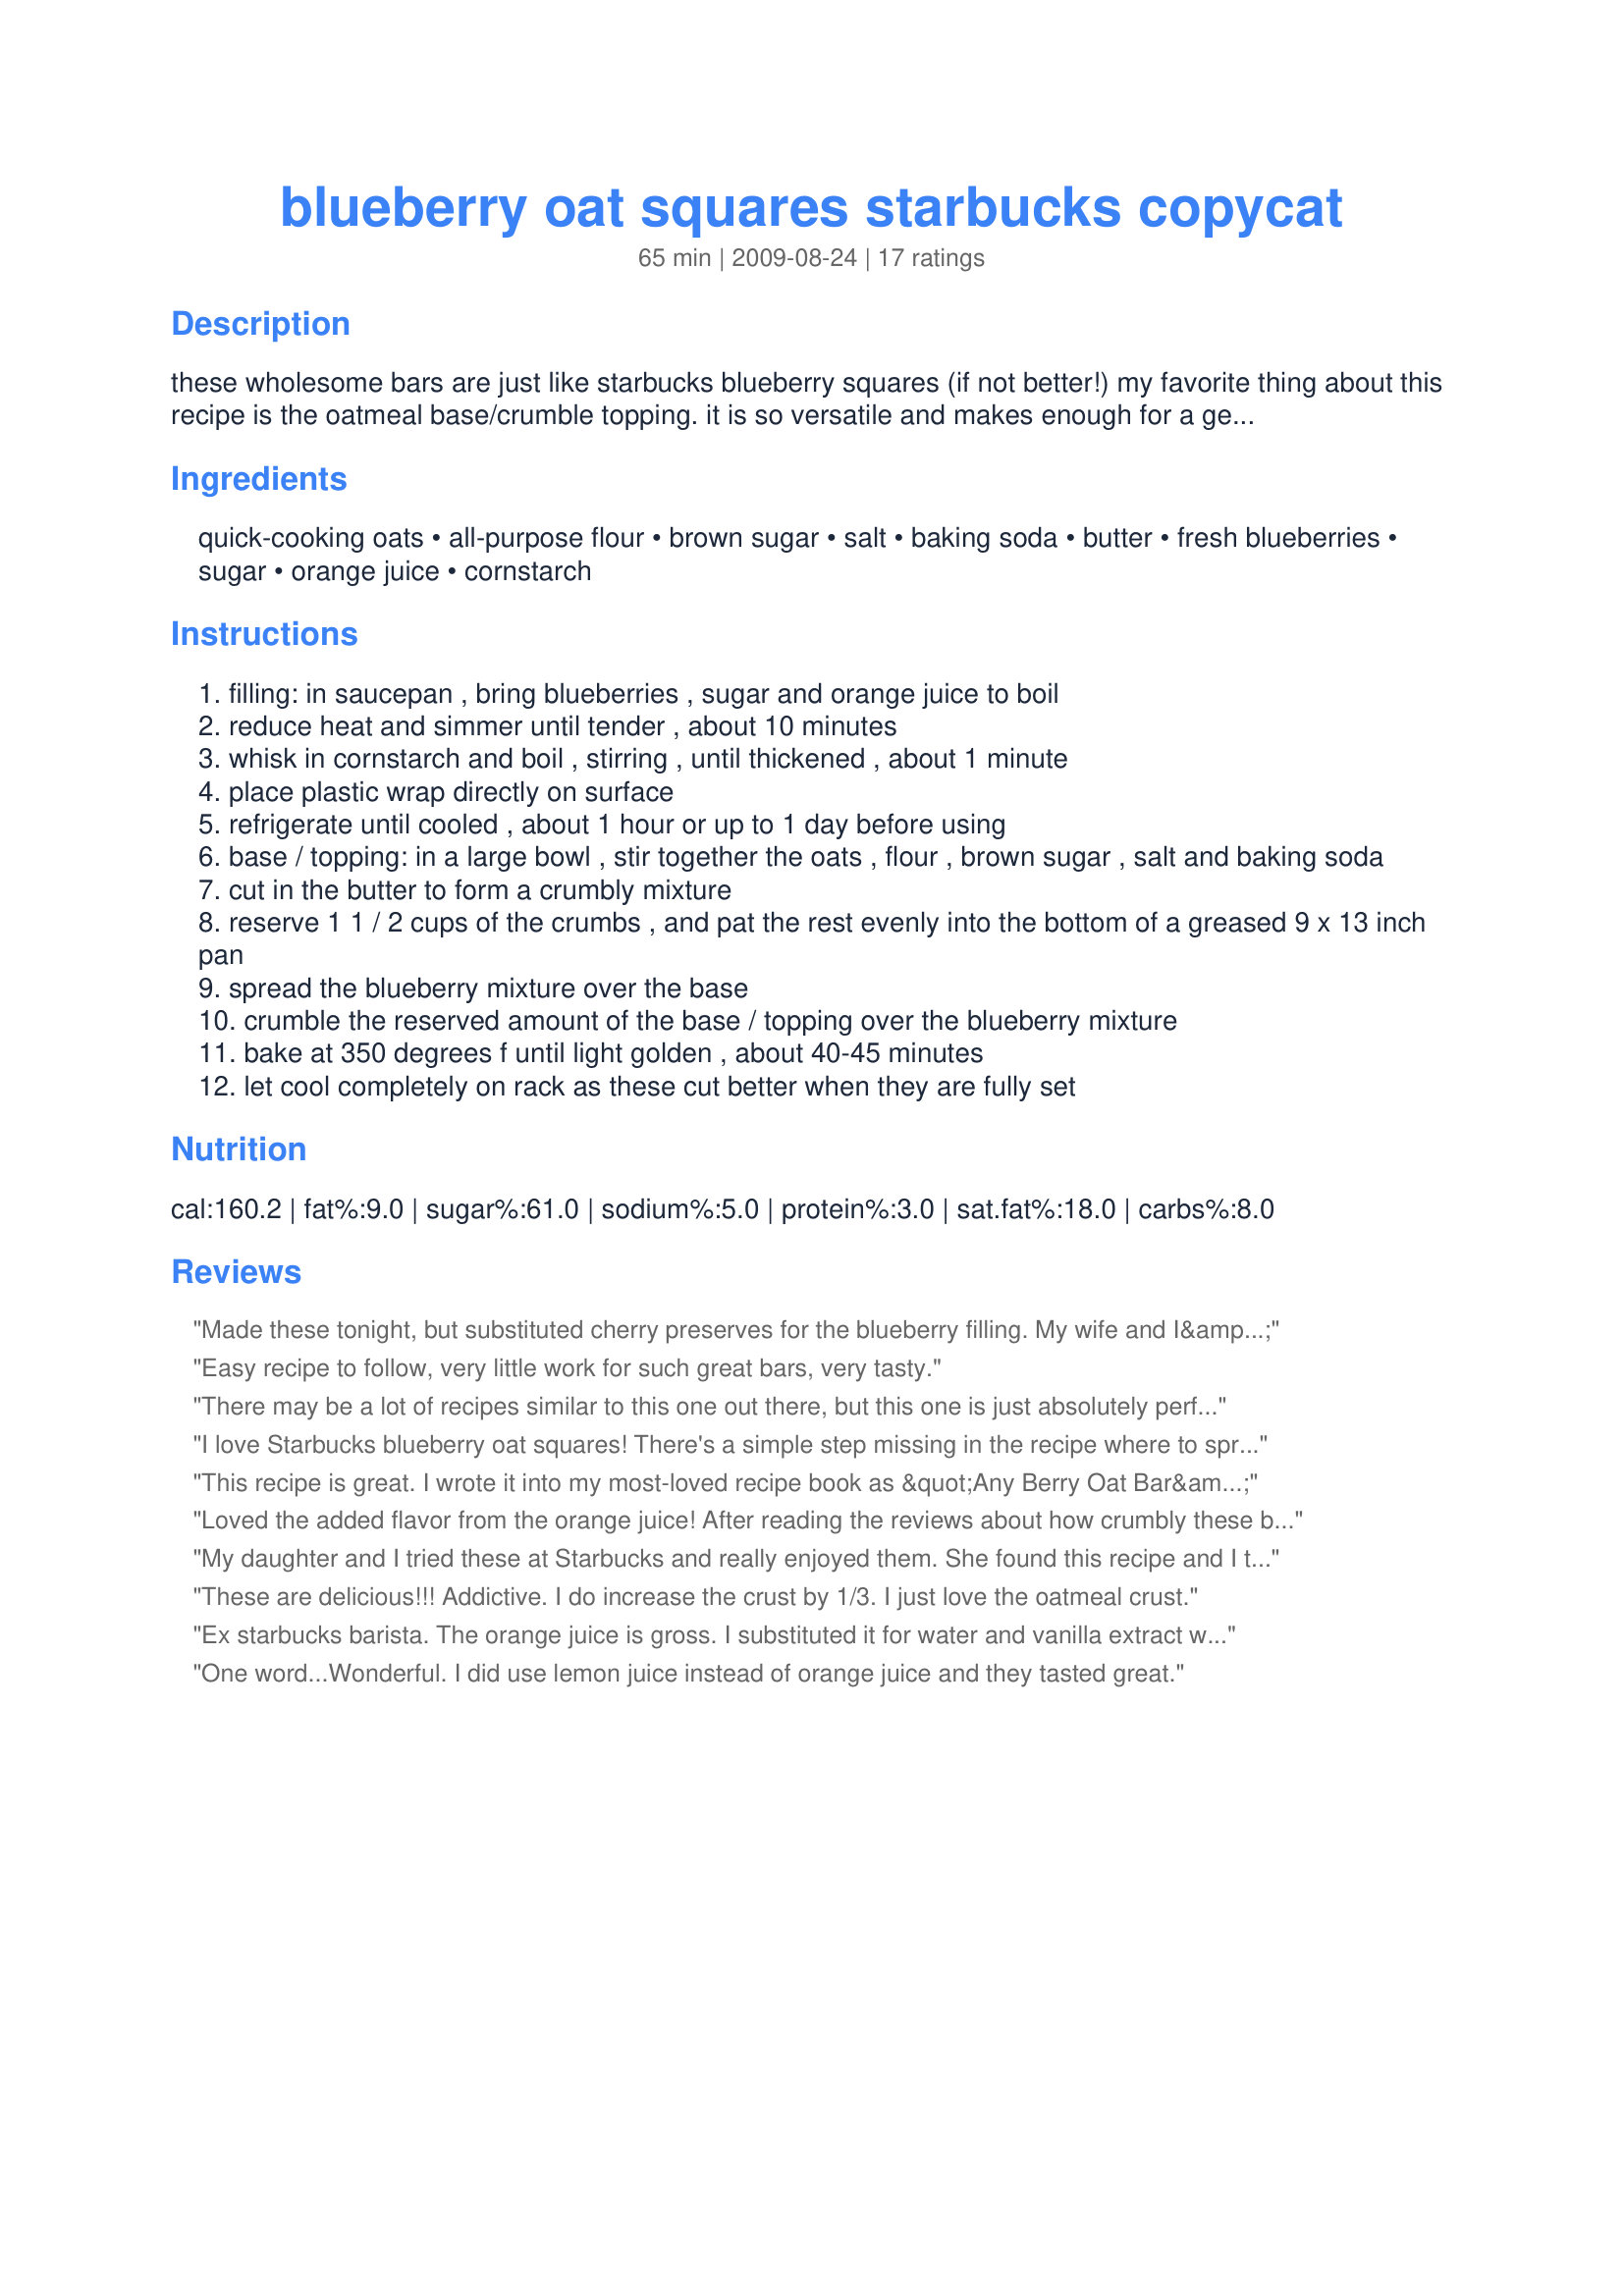
blueberry oat squares starbucks copycat
Preparation time: 65 minutes

these wholesome bars are just like starbucks blueberry squares (if not better!) my favorite thing about this recipe is the oatmeal base/crumble topping. it is so versatile and makes enough for a generous amount on the top and bottom because c'mon... isn't that everyone's favorite part?!

i use this same oatmeal crust recipe with a multitude of different fillings, including swapping strawberries for the blueberries.

Ingredients:
quick-cooking oats, all-purpose flour, brown sugar, salt, baking soda, butter, fresh blueberries, sugar, orange juice, cornstarch

Steps:
filling: in saucepan , bring blueberries , sugar and orange juice to boil
reduce heat and simmer until tender , about 10 minutes
whisk in cornstarch and boil , stirring , until thickened , about 1 minute
place plastic wrap directly on surface
refrigerate until cooled , about 1 hour or up to 1 day before using
base / topping: in a large bowl , stir together the oats , flour , brown sugar , salt and baking soda
cut in the butter to form a crumbly mixture
reserve 1 1 / 2 cups of the crumbs , and pat the rest evenly into the bottom of a greased 9 x 13 inch pan
spread the blueberry mixture over the base
crumble the reserved amount of the base / topping over the blueberry mixture
bake at 350 degrees f until light golden , about 40-45 minutes
let cool completely on rack as these cut better when they are fully set

Reviews:
Made these tonight, but substituted cherry preserves for the blueberry filling. My wife and I&lt;br/&gt;have nearly eaten the whole dish already! As good or better than Starbucks Michigan cherry&lt;br/&gt;oat bars!!
Easy recipe to follow, very little work for such great bars, very tasty.
There may be a lot of recipes similar to this one out there, but this one is just absolutely perfect! I made the blueberry filling a day and crumb topping a day ahead and then assembled the next day. Turned out great! I love the crumb topping so I made extra just like another reviewer suggested. I made them last night and my husband, 2 boys (2.5 and 4 years old) and I have gone through have the pan already this morning!
I love Starbucks blueberry oat squares! There's a simple step missing in the recipe where to spread the blueberries onto the base. That's easy to figure out. I used a 16 oz pkg of frozen blueberries. The flavor is right on, although they seemed to have a bit more oat texture than Starbucks. They also wanted to crumble apart. But, hey - I went after the taste and got it. Thanks!
This recipe is great. I wrote it into my most-loved recipe book as &quot;Any Berry Oat Bar&quot;, because you can use whatever is in season. I made one with cherries, currants and a few raspberries, and it was great. If you want it to be pretty and you have the self restraint, follow the instructions and wait for it to cool before you cut it.
Loved the added flavor from the orange juice! After reading the reviews about how crumbly these bars were, I added an egg and 1/4 cup of flour to the bottom portion of the crust. This worked wonderfully! But tentative because adding egg will make the bars cook in about half the time. Also: I only let the blueberry filling cool to room temperature, and the bars came out just fine.
My daughter and I tried these at Starbucks and really enjoyed them. She found this recipe and I tried it today. I substituted thawed frozen berries but otherwise followed the recipe exactly. They are absolutely delicious; we both think they are even better than Starbucks and a fraction of the price .
These are delicious!!! Addictive. I do increase the crust by 1/3. I just love the oatmeal crust.
Ex starbucks barista. The orange juice is gross. I substituted it for water and vanilla extract with a splash of lemon juice. I added an extra cup of oats and half cup of flour for crust...the butter goes a long way..3/4 cups..and extra blueberries.. 3 bags frozen 12 oz...i eyeballed the cornstarch to preffered thickness. Much better without orange juice. I added cinnamon in the crust too
One word...Wonderful. I did use lemon juice instead of orange juice and they tasted great.
This recipe is fantastic. I read other reviews and agree with adding 1.5 more crumbles to the recipe. I added a half a cup of rasphberries to add tartness to the crumble! It is great with spoonful of whip cream or ice cream!
Lovely bars I used almond flour in place of the all purpose flour, used a bit less OJ and added lime juice gave it a great flavor, added more oats and 1/2 C baby cereal since I have some to use up. Everyone loved it am making it again today for church potluck
These are so decadent, never had the ones at 'bucks, but had to try em. made them with some substitutions for my own diet and they are perfect. thanks and if u happen to come across more 'bucks copycats, please post!
I'm definitely going to try this one soon. We were just at Starbucks and sampled one and they were really good. The employee mentioned that the company changes suppliers and recipes always trying to find something better. She said they went through about 20 different brownie recipes before finding one that sold well and tasted good. 
She was giving out samples of the Blueberry Square as it was new and tasted more like real blueberries were in the filling rather than artificial tasting filling. 
Ingredients going on the grocery list.
Yup,extra crumble for such a big pan. Sprinkle in some whole berries for added pop.
Made this last night and it is already half gone! They did turn out a little on the soft side and want to keep falling apart, but I think the blueberry mixture was a bit thin (maybe my berries were extra juicy?). Next time I will double the amount of cornstarch to thicken it a bit more. Wonderful wonderful flavor. Thanks a bunch!
This recipe was fantastic. I only changed a few very minor things. I used one 600gr bag of frozen blueberries. And the recipe for the crust/topping was only enough for the bottom crust. I repeated the process a second time however cutting the recipe in half and adding slightly more oats for the topping. The filling was the perfect amount. I lined my pan with parchment and the bars came out nicely once cooled. They also cut perfectly with barely any crumble. I&#039;m gonna try the again with other berry options.
